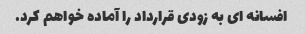
افسانه ای به زودی قرارداد را آماده خواهم کرد.